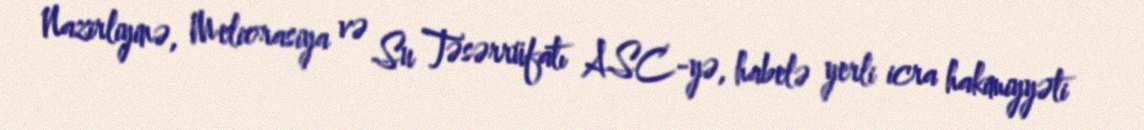
Nazirliyinə, Meliorasiya və Su Təsərrüfatı ASC-yə, habelə yerli icra hakimiyyəti